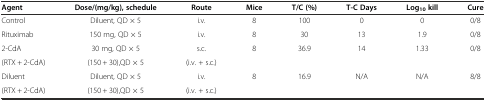
<table><thead><tr><td><b>Agent</b></td><td><b>Dose/(mg/kg), schedule</b></td><td><b>Route</b></td><td><b>Mice</b></td><td><b>T/C (%)</b></td><td><b>T-C Days</b></td><td><b>Log<sub>10</sub>kill</b></td><td><b>Cure</b></td></tr></thead><tbody><tr><td>Control</td><td>Diluent, QD × 5</td><td>i.v.</td><td>8</td><td>100</td><td>0</td><td>0</td><td>0/8</td></tr><tr><td>Rituximab</td><td>150 mg, QD × 5</td><td>i.v.</td><td>8</td><td>30</td><td>13</td><td>1.9</td><td>0/8</td></tr><tr><td>2-CdA</td><td>30 mg, QD × 5</td><td>s.c.</td><td>8</td><td>36.9</td><td>14</td><td>1.33</td><td>0/8</td></tr><tr><td>(RTX + 2-CdA)</td><td>(150 + 30),QD × 5</td><td>(i.v. + s.c.)</td><td></td><td></td><td></td><td></td><td></td></tr><tr><td>Diluent</td><td>Diluent, QD × 5</td><td>i.v.</td><td>8</td><td>16.9</td><td>N/A</td><td>N/A</td><td>8/8</td></tr><tr><td>(RTX + 2-CdA)</td><td>(150 + 30),QD × 5</td><td>(i.v. + s.c.)</td><td></td><td></td><td></td><td></td><td></td></tr></tbody></table>